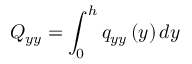
Q _ { y y } = \int _ { 0 } ^ { h } q _ { y y } \left( y \right) d y